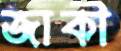
জাকী